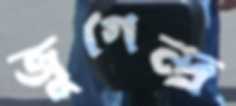
জুগেন্দ্র